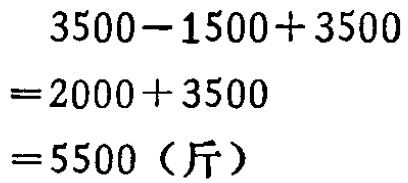
\[

\begin{align*}

&3500 - 1500 + 3500\\

=&2000 + 3500\\

=&5500（\text{斤}）

\end{align*}

\]